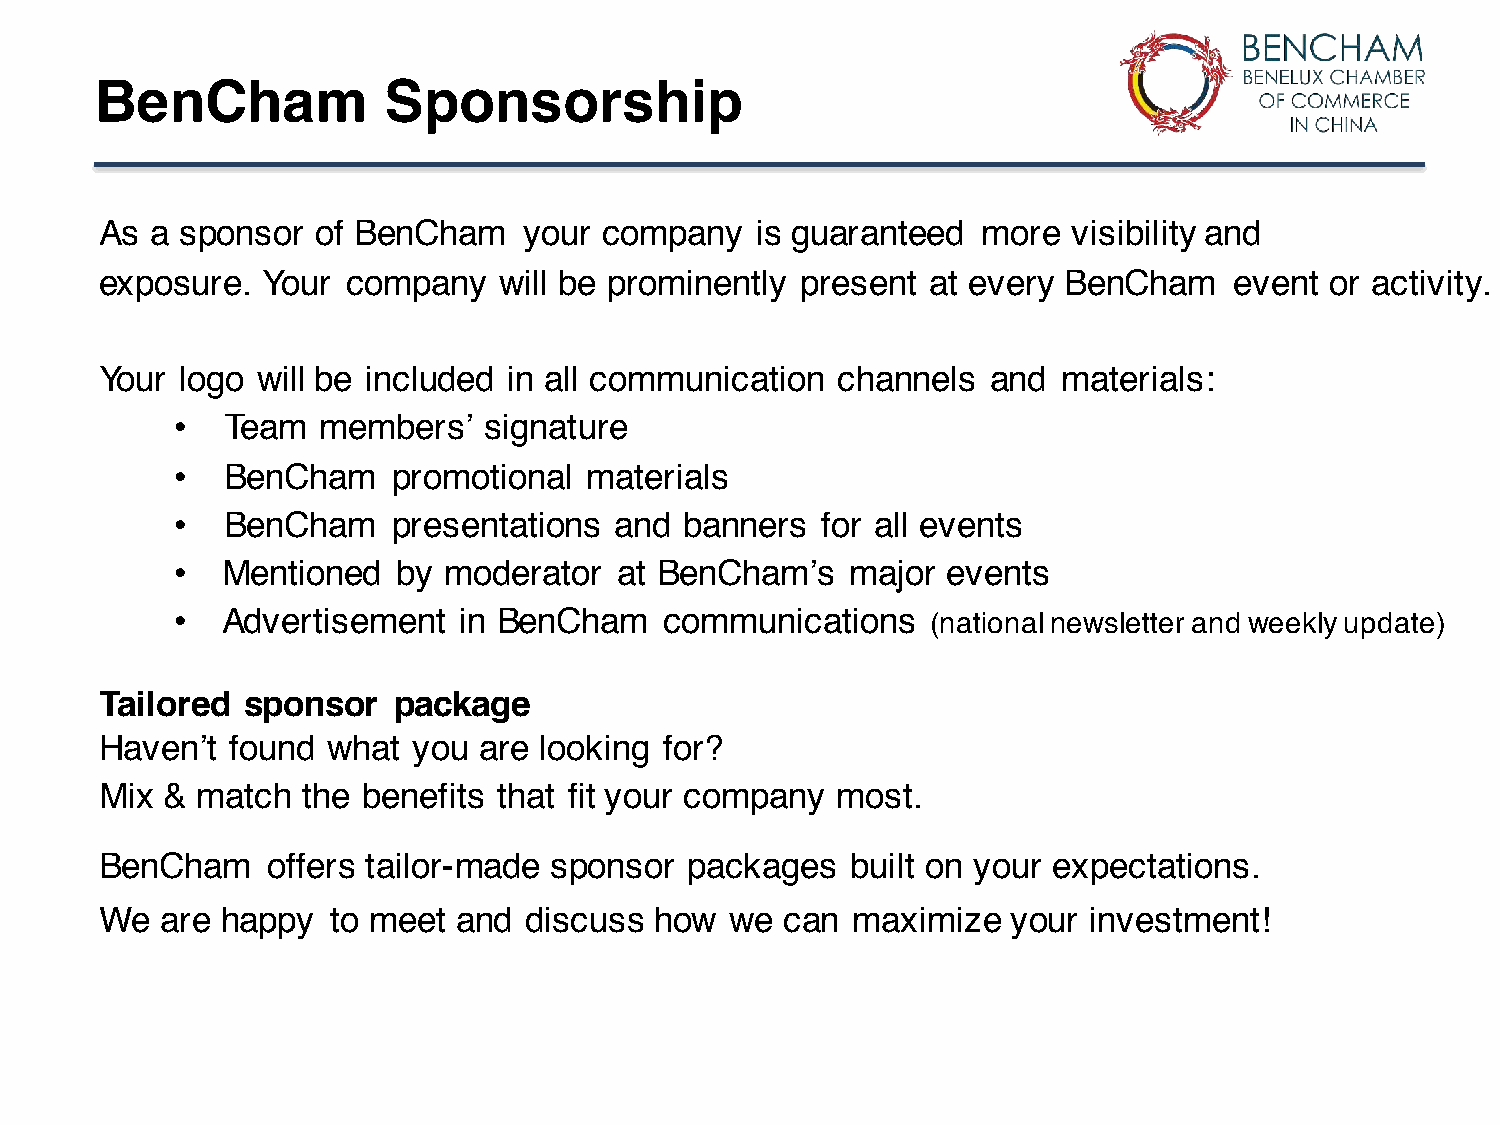
BenCham            Sponsorship
 As a sponsor  of BenCham    your company   is guaranteed  more  visibility and
 exposure. Your  company   will be prominently present  at every BenCham    event or activity.
 Your logo will be included in all communication  channels  and materials:
 •   Team  members’   signature
 •   BenCham    promotional  materials
 •   BenCham    presentations  and banners  for all events
 •   Mentioned  by moderator   at BenCham’s   major  events
 •   Advertisement  in BenCham    communications    (national newsletter and weekly update)
 Tailored sponsor   package
 Haven’t found  what you  are looking for?
 Mix & match  the benefits that fit your company most.
 BenCham    offers tailor-made sponsor  packages  built on your expectations.
 We  are happy  to meet and  discuss how  we  can maximize   your investment!